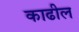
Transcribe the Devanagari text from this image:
काढील